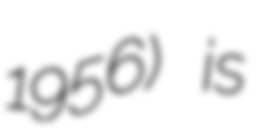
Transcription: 1956) is